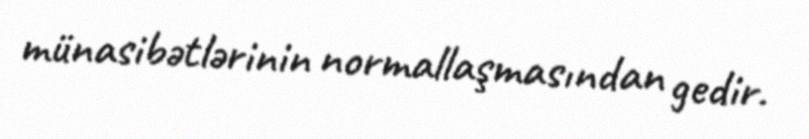
münasibətlərinin normallaşmasından gedir.